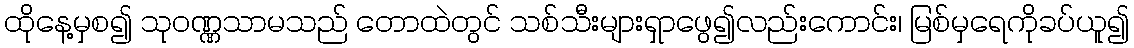
ထိုနေ့မှစ၍ သုဝဏ္ဏသာမသည် တောထဲတွင် သစ်သီးများရှာဖွေ၍လည်းကောင်း၊ မြစ်မှရေကိုခပ်ယူ၍